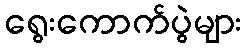
ရွေးကောက်ပွဲများ